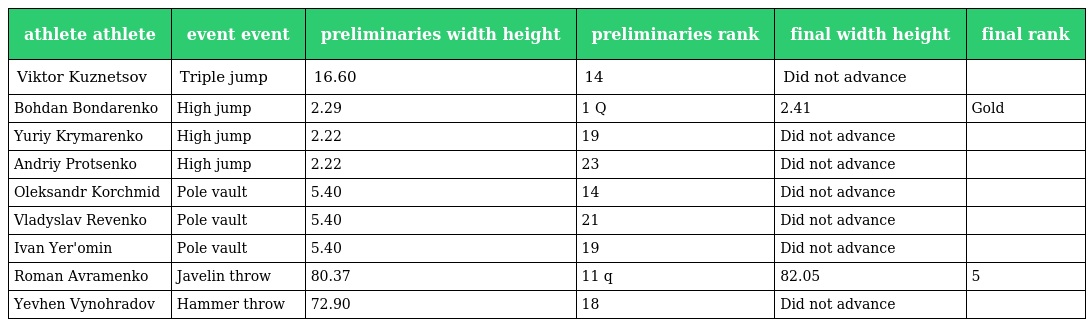
| athlete athlete | event event | preliminaries width height | preliminaries rank | final width height | final rank |
 | --- | --- | --- | --- | --- | --- |
 | Viktor Kuznetsov | Triple jump | 16.60 | 14 | Did not advance |  |
 | Bohdan Bondarenko | High jump | 2.29 | 1 Q | 2.41 | Gold |
 | Yuriy Krymarenko | High jump | 2.22 | 19 | Did not advance |  |
 | Andriy Protsenko | High jump | 2.22 | 23 | Did not advance |  |
 | Oleksandr Korchmid | Pole vault | 5.40 | 14 | Did not advance |  |
 | Vladyslav Revenko | Pole vault | 5.40 | 21 | Did not advance |  |
 | Ivan Yer'omin | Pole vault | 5.40 | 19 | Did not advance |  |
 | Roman Avramenko | Javelin throw | 80.37 | 11 q | 82.05 | 5 |
 | Yevhen Vynohradov | Hammer throw | 72.90 | 18 | Did not advance |  |